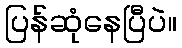
ပြန်ဆုံနေပြီပဲ။